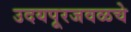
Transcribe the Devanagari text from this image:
उदयपूरजवळचे